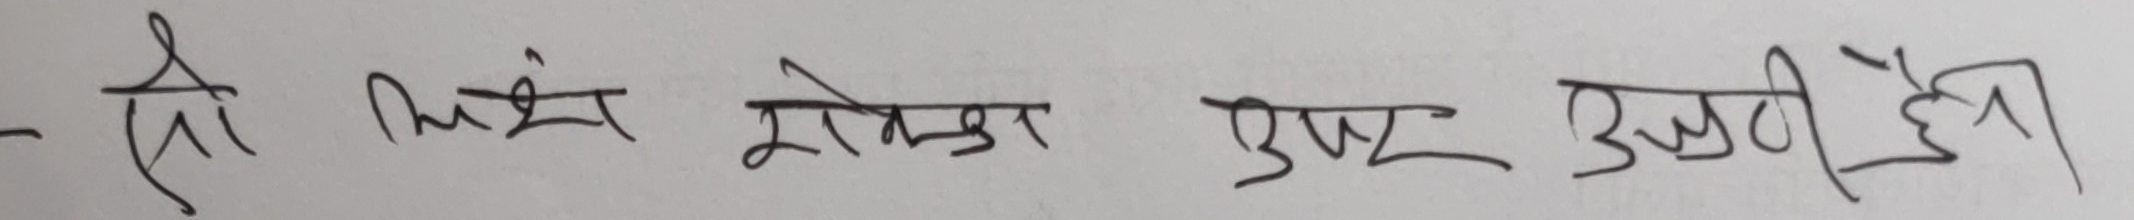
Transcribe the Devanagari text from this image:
- त्यो भन्दा राम्रो कुस्ती हुन्थ्यो ।